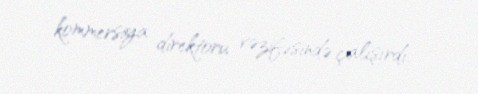
kommersiya direktoru vəzifəsində çalışırdı.